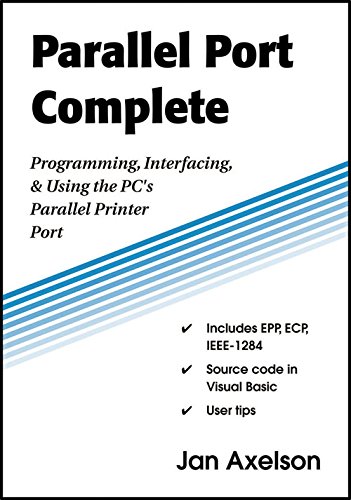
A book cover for Parallel Port Complete: Programming, Interfacing, & Using the PCEEs Parallel Printer Port; Jan Axelson; Computers & Technology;